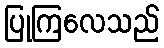
ပြုကြလေသည်